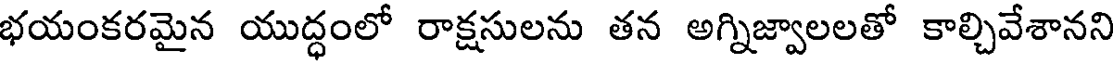
భయంకరమైన యుద్ధంలో రాక్షసులను తన అగ్నిజ్వాలలతో కాల్చివేశానని